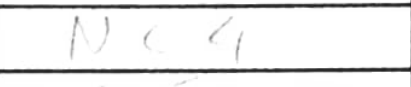
Transcription: Ne4